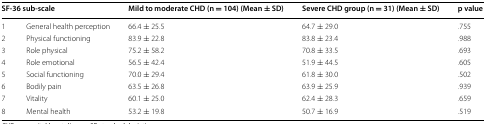
<table><thead><tr><td colspan="2"><b>SF-36 sub-scale</b></td><td><b>Mild to moderate CHD (n = 104) (Mean ± SD)</b></td><td><b>Severe CHD group (n = 31) (Mean ± SD)</b></td><td><b>p value</b></td></tr></thead><tbody><tr><td>1</td><td>General health perception</td><td>66.4 ± 25.5</td><td>64.7 ± 29.0</td><td>.755</td></tr><tr><td>2</td><td>Physical functioning</td><td>83.9 ± 22.8</td><td>83.8 ± 23.4</td><td>.988</td></tr><tr><td>3</td><td>Role physical</td><td>75.2 ± 58.2</td><td>70.8 ± 33.5</td><td>.693</td></tr><tr><td>4</td><td>Role emotional</td><td>56.5 ± 42.4</td><td>51.9 ± 44.5</td><td>.605</td></tr><tr><td>5</td><td>Social functioning</td><td>70.0 ± 29.4</td><td>61.8 ± 30.0</td><td>.502</td></tr><tr><td>6</td><td>Bodily pain</td><td>63.5 ± 26.8</td><td>63.9 ± 25.9</td><td>.939</td></tr><tr><td>7</td><td>Vitality</td><td>60.1 ± 25.0</td><td>62.4 ± 28.3</td><td>.659</td></tr><tr><td>8</td><td>Mental health</td><td>53.2 ± 19.8</td><td>50.7 ± 16.9</td><td>.519</td></tr></tbody></table>